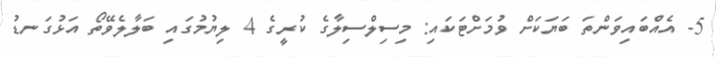
5- އެއްބައިވަންތަ ބަޔަކަށް ވުމަށްޓަކައި: މިސިލްސިލާގެ ކުރީގެ 4 ލިޔުމުގައި ބަލާލެވޭތޯ އަޅުގަނޑު